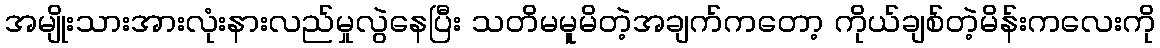
အမျိုးသားအားလုံးနားလည်မှုလွဲနေပြီး သတိမမူမိတဲ့အချက်ကတော့ ကိုယ်ချစ်တဲ့မိန်းကလေးကို